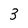
Character: 3